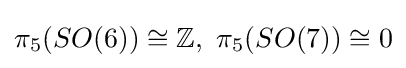
\pi _{5}(SO(6))\cong \mathbb {Z} ,\ \pi _{5}(SO(7))\cong 0